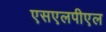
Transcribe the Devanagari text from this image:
एसएलपीएल